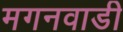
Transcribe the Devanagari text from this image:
मगनवाडी